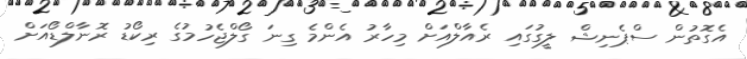
އެގޮތުން ސްޕެނިޝް ލީގުގައި ރެއާލްއަށް މިހާރު އެންމެ ގިނަ ގޯލްޖެހުމުގެ ރިކޯޑު ރޮނާލްޑޯއަށް